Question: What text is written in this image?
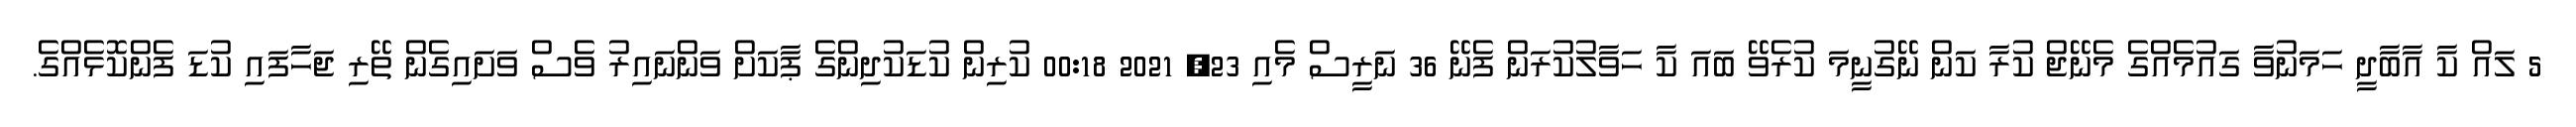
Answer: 5 ލައް ކާ އާބާދީ ހަމަނުވާ ގައުމެއްގެ މެނޭޖް ކުރާ ކަން ނޭގުނީމަ ކުރެވޭ ބައަ ކާ ހަވާލުކުރަން ފެނޭ 36 ނަރީސް މެއި 23, 2021 00:18 ކުރިން ކުޑަކުދިންގެ ޕާކަށް ވަންނައިރު ވެސް ވަށައިގެން ތޭރި ޖަހާފައި ކުޑަ ފެންކޮޅެއްގެ.